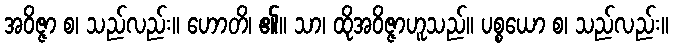
အဝိဇ္ဇာ စ၊ သည်လည်း။ ဟောတိ၊ ၏။ သာ၊ ထိုအဝိဇ္ဇာဟူသည်။ ပစ္စယော စ၊ သည်လည်း။